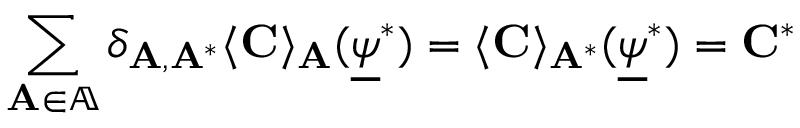
\sum _ { \mathbf { A } \in \mathbb { A } } \delta _ { \mathbf { A } , \mathbf { A } ^ { * } } \langle \mathbf { C } \rangle _ { \mathbf { A } } ( \underline { { \psi } } ^ { * } ) = \langle \mathbf { C } \rangle _ { \mathbf { A } ^ { * } } ( \underline { { \psi } } ^ { * } ) = \mathbf { C ^ { * } }